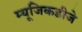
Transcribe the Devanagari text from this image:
म्यूजिकडीजे